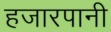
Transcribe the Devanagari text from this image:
हजारपानी